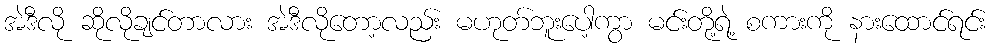
အဲဒီလို ဆိုလိုချင်တာလား အဲဒီလိုတော့လည်း မဟုတ်ဘူးပေါ့ကွာ မင်းတို့ရဲ့ စကားကို နားထောင်ရင်း